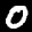
Label: 0